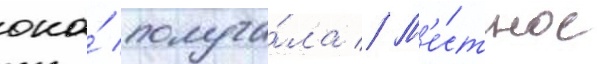
она́ получа́ла // М'е́стное